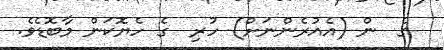
ގެ  ން (އެއުރެންނަށް) ހުރި  ގެ ހެޔޮކަން މާބޮޑެވެ.